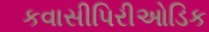
કવાસીપિરીઓડિક